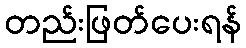
တည်းဖြတ်ပေးရန်